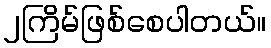
၂ကြိမ်ဖြစ်စေပါတယ်။